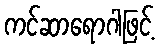
ကင်ဆာရောဂါဖြင့်